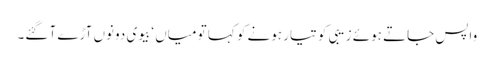
واپس جاتے ہوئے زیبی کو تیار ہونے کو کہا تو میاں ‘ بیوی دونوں آڑے آ گئے۔